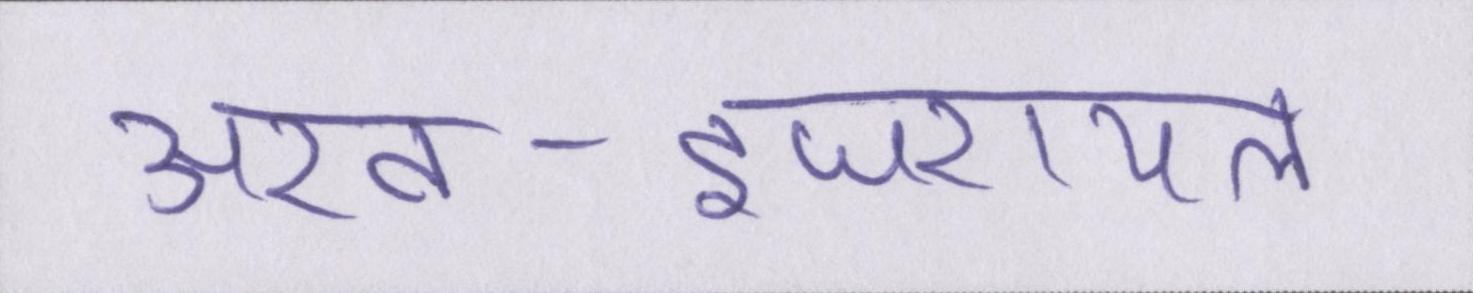
अरब-इजरायल